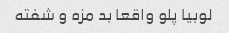
لوبیا پلو واقعا بد مزه و شفته